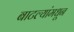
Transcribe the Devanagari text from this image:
बाटल्यांमधून